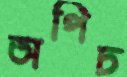
অপিচ